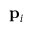
\mathbf { p } _ { i }